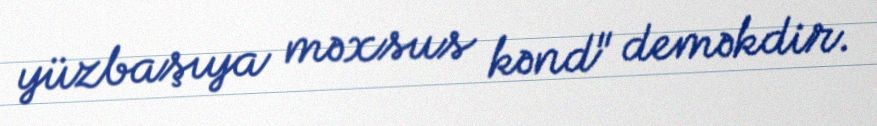
yüzbaşıya məxsus kənd" deməkdir.